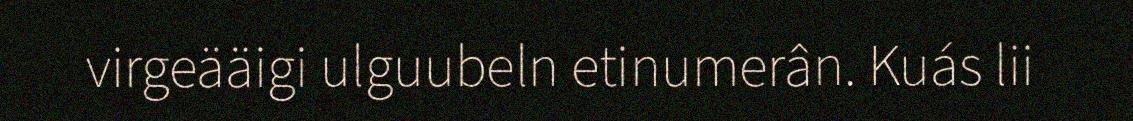
virgeääigi ulguubeln etinumerân. Kuás lii